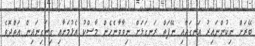
ބޭރަށް ނިކުންނައިރު އަނގައާއި ނޭފަތް ރަނގަޅަށް ނިވާވާނެހެން މާސްކު އެޅުމަށާއި ގިނަގިނައިން އަތްދޮވެ